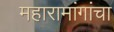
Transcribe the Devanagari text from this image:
महारामांगांचा